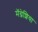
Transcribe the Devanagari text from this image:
मॅग्नेशिया